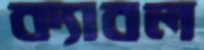
ক্যাবল